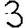
Digit: 3